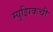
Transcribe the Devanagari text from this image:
म्युझिकची